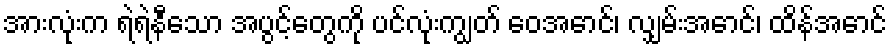
အားလုံးက ရဲရဲနီသော အပွင့်တွေကို ပင်လုံးကျွတ် ဝေအောင်၊ လျှမ်းအောင်၊ ထိန်အောင်